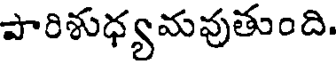
పారిశుధ్యమవుతుంది.